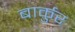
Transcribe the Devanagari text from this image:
बार्कुर